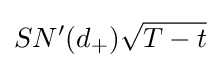
SN'(d_{+}){\sqrt {T-t}}